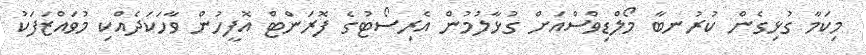
މިކަމާ ގުޅިގެން ކުރުނބާ މޯލްޑިވްސްއަށް ގުޅާލުމުން އެރިސޯޓުގެ ފޮރަންޓް އޮފީހުން ވާހަކަދެއްކި މުވައްޒަފަކު